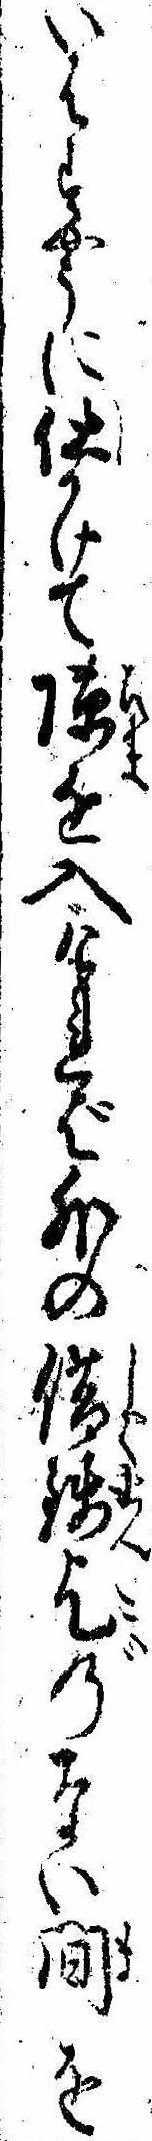
いはすやうに仕かけてを入ければ外の借銭乞のない間を